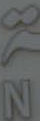
818